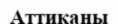
Аттиканы